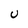
Character: U